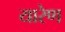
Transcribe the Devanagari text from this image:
यारेण